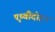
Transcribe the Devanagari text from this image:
पृथ्वीदोहन